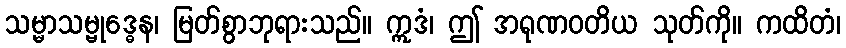
သမ္မာသမ္ဗုဒ္ဓေန၊ မြတ်စွာဘုရားသည်။ ဣဒံ၊ ဤ အရုဏဝတိယ သုတ်ကို။ ကထိတံ၊